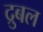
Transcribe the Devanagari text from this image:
द्रुबल